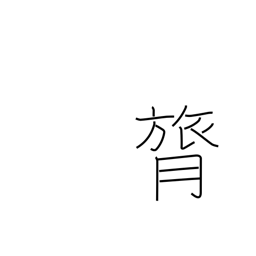
Meaning: backbone